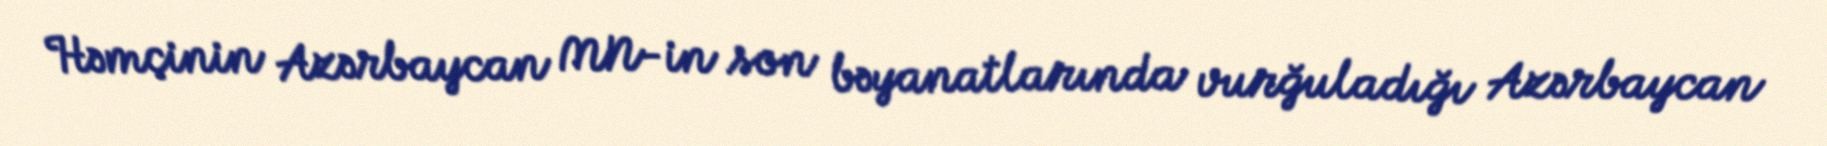
Həmçinin Azərbaycan MN-in son bəyanatlarında vurğuladığı Azərbaycan